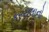
કરચલાનો